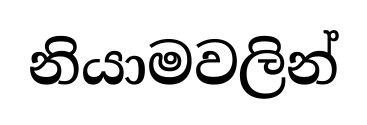
නියාමවලින්